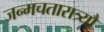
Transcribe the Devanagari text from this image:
जन्मचतारात्र्यौ